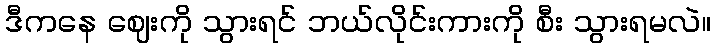
ဒီကနေ ဈေးကို သွားရင် ဘယ်လိုင်းကားကို စီး သွားရမလဲ။